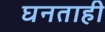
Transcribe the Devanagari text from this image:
घनताही